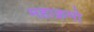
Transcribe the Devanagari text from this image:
महाक्रमो